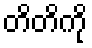
တိတိကို